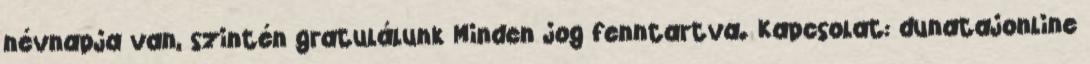
névnapja van, szintén gratulálunk Minden jog fenntartva. Kapcsolat: dunatajonline